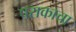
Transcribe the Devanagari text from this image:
पराकाचा